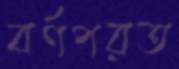
বর্ণপরত